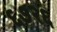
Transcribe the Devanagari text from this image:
६७२६